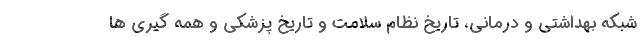
شبکه بهداشتی و درمانی، تاریخ نظام سلامت و تاریخ پزشکی و همه گیری ها